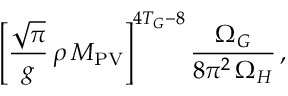
\left[ \frac { \sqrt { \pi } } { g } \, \rho \, M _ { \mathrm { P V } } \right] ^ { 4 T _ { G } - 8 } \frac { \Omega _ { G } } { 8 \pi ^ { 2 } \, \Omega _ { H } } \, ,